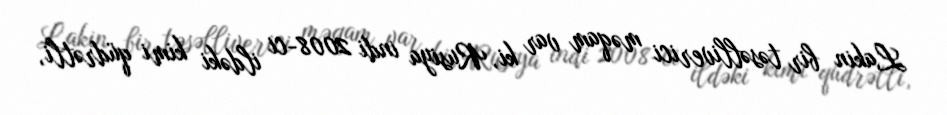
Lakin bir təsəlliverici məqam var ki, Rusiya indi 2008-ci ildəki kimi qüdrətli,